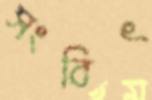
সংবিৎ